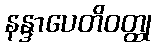
နန္ဒာပေတိဝတ္ထု